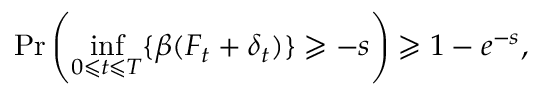
\operatorname* { P r } \left( \operatorname* { i n f } _ { 0 \leqslant t \leqslant T } \{ \beta ( F _ { t } + \delta _ { t } ) \} \geqslant - s \right) \geqslant 1 - e ^ { - s } ,